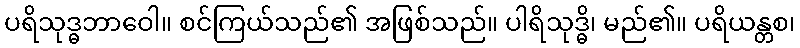
ပရိသုဒ္ဓဘာဝေါ။ စင်ကြယ်သည်၏ အဖြစ်သည်။ ပါရိသုဒ္ဓိ၊ မည်၏။ ပရိယန္တစ၊